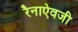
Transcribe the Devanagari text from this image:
रैनाऐवजी